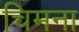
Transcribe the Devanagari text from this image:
चिमना